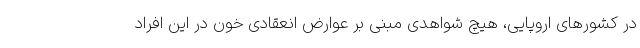
در کشورهای اروپایی، هیچ شواهدی مبنی بر عوارض انعقادی خون در این افراد